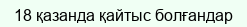
18 қазанда қайтыс болғандар